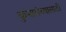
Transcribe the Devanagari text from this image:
कुमारांच्यासाठी